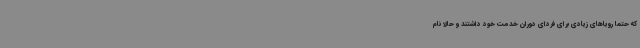
که حتماً رویاهای زیادی برای فردای دوران خدمت خود داشتند و حالا نام